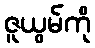
ဇူယွမ်ကို